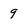
Character: 9